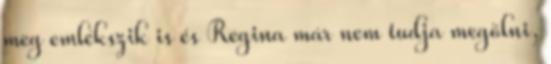
meg emlékszik is és Regina már nem tudja megölni,